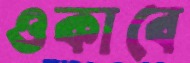
ওকাবে